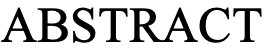
ABSTRACT